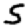
Digit: 5